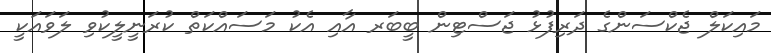
މައިކަލް ޖެކްސަންގެ ދަރިފުޅު ޖަސްޓިން ބީބަރ އާއި އެކު މަސައްކަތް ކުރަނީލީކުވި ލަވައަކީ